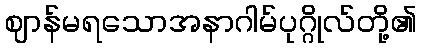
ဈာန်မရသောအနာဂါမ်ပုဂ္ဂိုလ်တို့၏